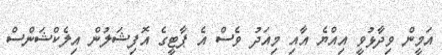
އަމީން ވިދާޅުވީ އިއްޔެ އާއި މިއަދު ވެސް އެ ޕާޓީގެ އޮފިޝަލުން އިލެކްޝަންސް